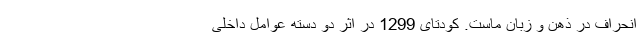
انحراف در ذهن و زبان ماست. کودتای 1299 در اثر دو دسته عوامل داخلی